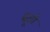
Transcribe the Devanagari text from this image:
दूहो